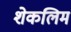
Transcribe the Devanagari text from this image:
शेकलिम